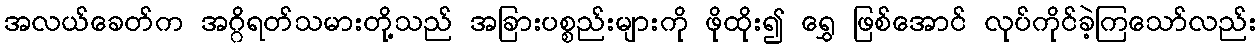
အလယ်ခေတ်က အဂ္ဂိရတ်သမားတို့သည် အခြားပစ္စည်းများကို ဖိုထိုး၍ ရွှေ ဖြစ်အောင် လုပ်ကိုင်ခဲ့ကြသော်လည်း